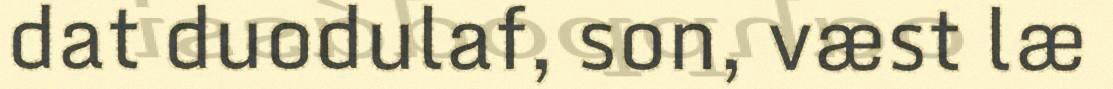
dat duodulaf, son, væst læ